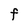
Character: F